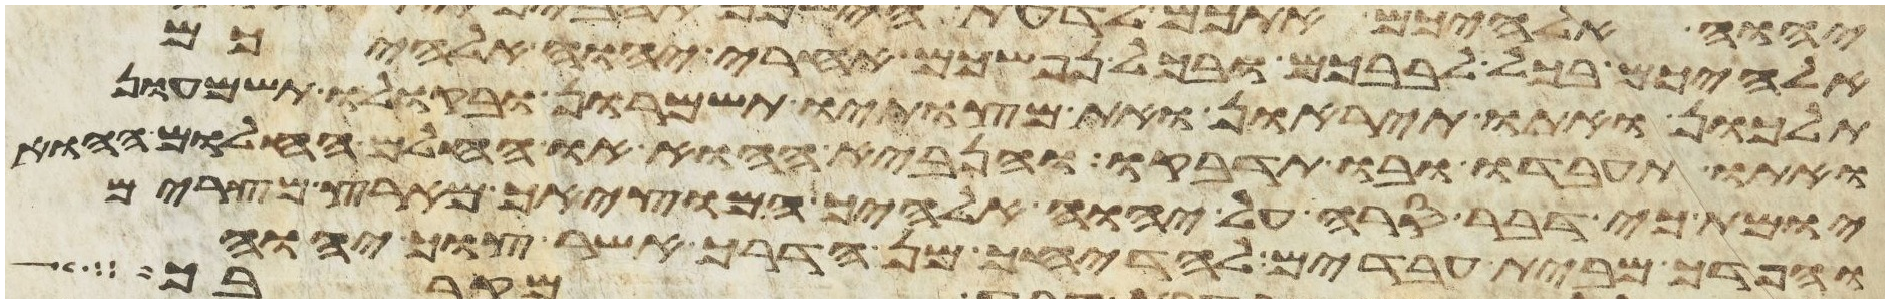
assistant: אלהיכם בכל לבבכם ובכל נפשכם אחרי יהוה אלהיכם
תלכון ואתו תיראון ואת מצותיו תשמרון ובקולו תשמעון
ואתו תעבדו ובו תדבקו והנביא ההוא או החלם החלום ההוא
יומת כי דבר סרה על יהוה אלהיך המוציאך מארץ מצרים
והפדך מבית עבדים להדיחך מן הדרך אשר צוך יהוה